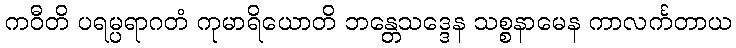
ကဝီတိ ပရမ္ပရာဂတံ ကုမာရိယောတိ ဘန္တေသဒ္ဒေန သစ္စနာမေန ကာလင်္ကတာယ